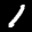
Label: 1